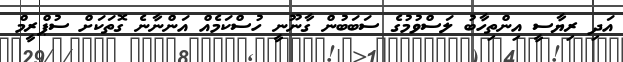
އަދި ރިޔާސީ އިންތިހާބު ލަސްވުމުގެ ސަބަބުން ގާނޫނީ ހުސްކަމެއް އަންނާނެ ގޮތަކަށް ސުޕްރީމް